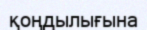
қоңдылығына